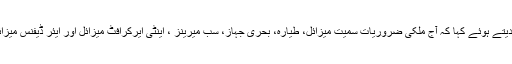
انہوں نے مختلف شعبوں میں خودکفیل ہونے کی کوششوں کا حوالہ دیتے ہوئے کہا کہ آج ملکی ضروریات سمیت میزائل، طیارہ، بحری جہاز، سب میرینز ، اینٹی ایرکرافٹ میزائل اور ایئر ڈیفنس میزائل قومی سائنسدانوں کے ذریعہ ملک کے اندر تیار کئے جاتے ہیں۔